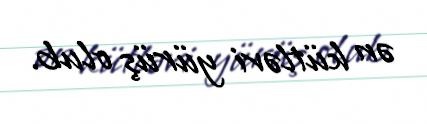
ən kütləvi yürüş olub.